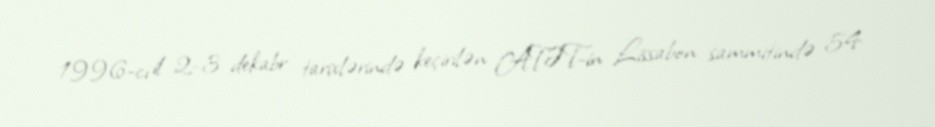
1996-cı il 2–3 dekabr tarixlərində keçirilən ATƏT-in Lissabon sammitində 54